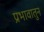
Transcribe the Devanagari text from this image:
प्रभावातुन